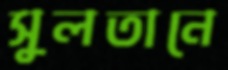
সুলতানে